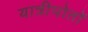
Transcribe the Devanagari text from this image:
यात्रीपोतों